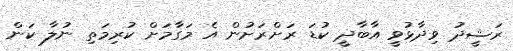
ރަޝީދު ވިދާޅުވީ އާބާދީ ކުޑަ ރަށްރަށުން އެ މަގާމަށް ކުރިމަތި ނުލާ ކަން